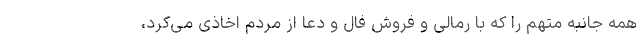
همه جانبه متهم را که با رمالی و فروش فال و دعا از مردم اخاذی می‌کرد،